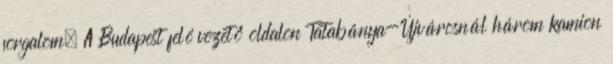
forgalom. A Budapest felé vezető oldalon Tatabánya-Újvárosnál három kamion